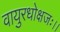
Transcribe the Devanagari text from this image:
वायुरधोक्षजः।।